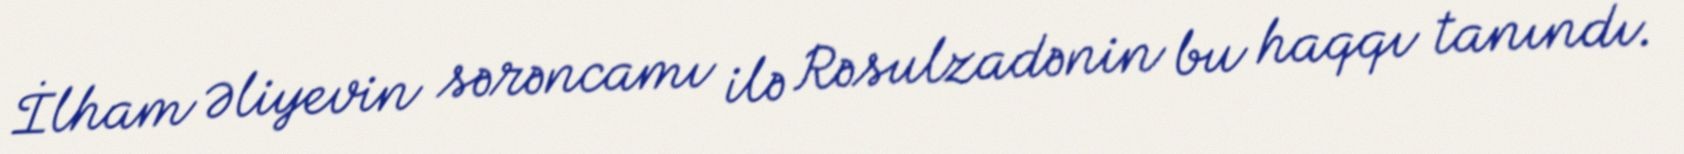
İlham Əliyevin sərəncamı ilə Rəsulzadənin bu haqqı tanındı.